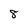
Character: 8